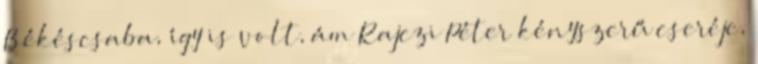
Békéscsaba, így is volt, ám Rajczi Péter kényszerű cseréje,